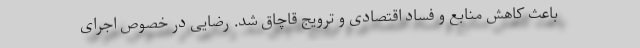
باعث کاهش منابع و فساد اقتصادی و ترویج قاچاق شد. رضایی در خصوص اجرای